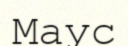
Маус